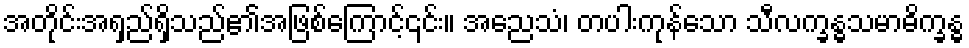
အတိုင်းအရှည်ရှိသည်၏အဖြစ်ကြောင့်၎င်း။ အညေသံ၊ တပါးကုန်သော သီလက္ခန္ဓသမာဓိက္ခန္ဓ